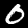
Digit: 0